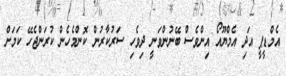
އެމްޑީޕީ އަދި އެމްޔޫއޯ އިންވެސް ބޭނުންވަނީ ދިވެހި ސަރުކާރުން ކޮންމެހެން ކުރަންޖެހޭ ކަމަށް